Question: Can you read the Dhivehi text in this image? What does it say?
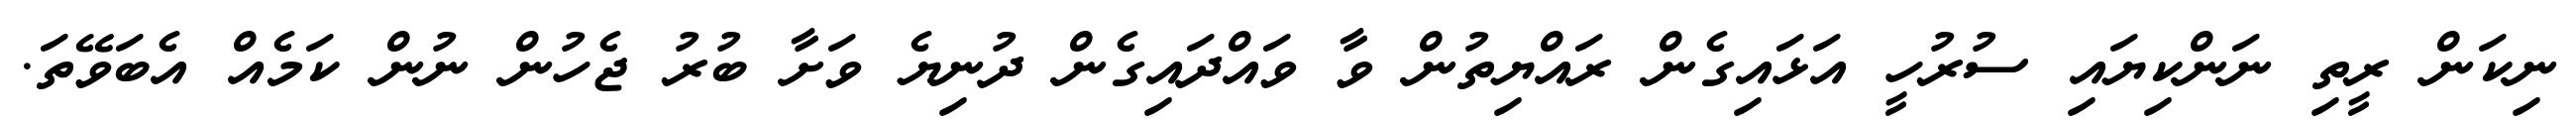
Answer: ނިކަން ރީތި ނަންކިޔައި ސުރުހީ އަޅައިގެން ރައްޔިތުން ވާ ވައްދައިގެން ދުނިޔެ ވަށާ ބުރު ޖެހުން ނުން ކަމެއް އެބަވޭތަ.